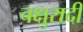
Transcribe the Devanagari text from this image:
चक्षुरादी